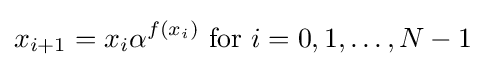
x_{i+1}=x_{i}\alpha ^{f(x_{i})}{\text{ for }}i=0,1,\ldots ,N-1